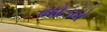
જોડવો